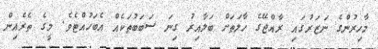
މާހިރުންގެ ނަޒަރުގައި ރާއްޖޭގެ ހާލަތަށް ބަލާއިރު ގިނަ ސަބަބުތަކެއް އެބަހުއްޓެވެ. މީގެ ތެރެއިން